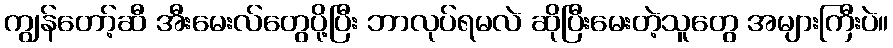
ကျွန်တော့်ဆီ အီးမေးလ်တွေပို့ပြီး ဘာလုပ်ရမလဲ ဆိုပြီးမေးတဲ့သူတွေ အများကြီးပဲ။